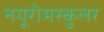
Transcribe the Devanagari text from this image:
नयूरोमस्कुलर